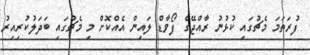
ފުރަތަމަ މެޗުގައި ކުޅުނު ރާއްޖޭގެ ފޯވާޑް ލައިން އެއްކޮށް މި މެޗުގައި ބަދަލުކުރިއިރު